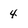
Character: 4